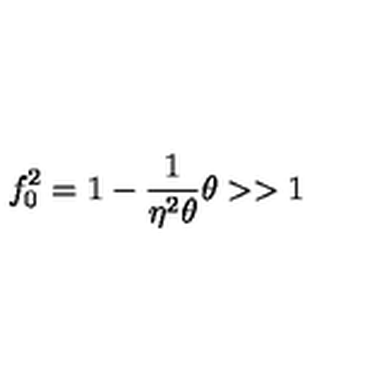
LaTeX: f _ { 0 } ^ { 2 } = 1 - \frac { 1 } { \eta ^ { 2 } \theta } \theta > > 1